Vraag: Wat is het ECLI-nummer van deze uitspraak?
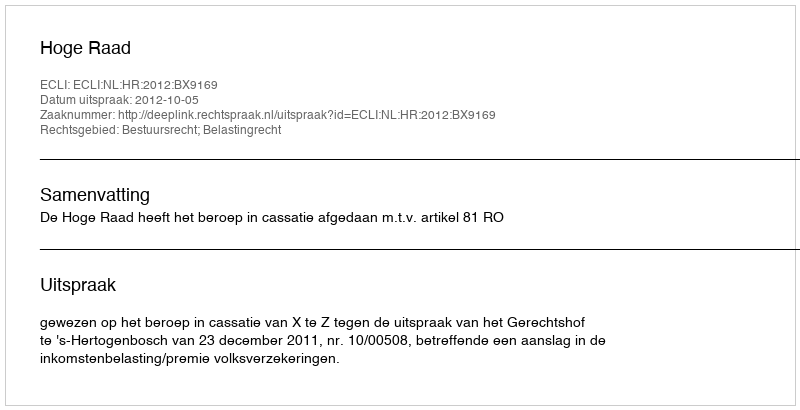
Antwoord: ECLI:NL:HR:2012:BX9169